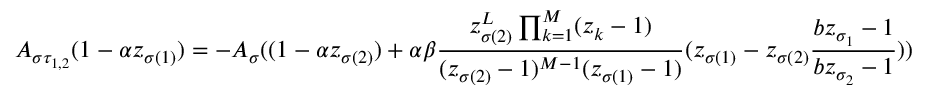
A _ { \sigma \tau _ { 1 , 2 } } ( 1 - \alpha z _ { \sigma ( 1 ) } ) = - A _ { \sigma } ( ( 1 - \alpha z _ { \sigma ( 2 ) } ) + \alpha \beta \frac { z _ { \sigma ( 2 ) } ^ { L } \prod _ { k = 1 } ^ { M } ( z _ { k } - 1 ) } { ( z _ { \sigma ( 2 ) } - 1 ) ^ { M - 1 } ( z _ { \sigma ( 1 ) } - 1 ) } ( z _ { \sigma ( 1 ) } - z _ { \sigma ( 2 ) } \frac { b z _ { \sigma _ { 1 } } - 1 } { b z _ { \sigma _ { 2 } } - 1 } ) )